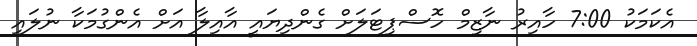
އެކަމަކު 7:00 ހާއިރު ނާޒިމް ހޮސްޕިޓަލަށް ގެންދިޔައީ އާއިލާ އަށް އެންގުމަކާ ނުލައި